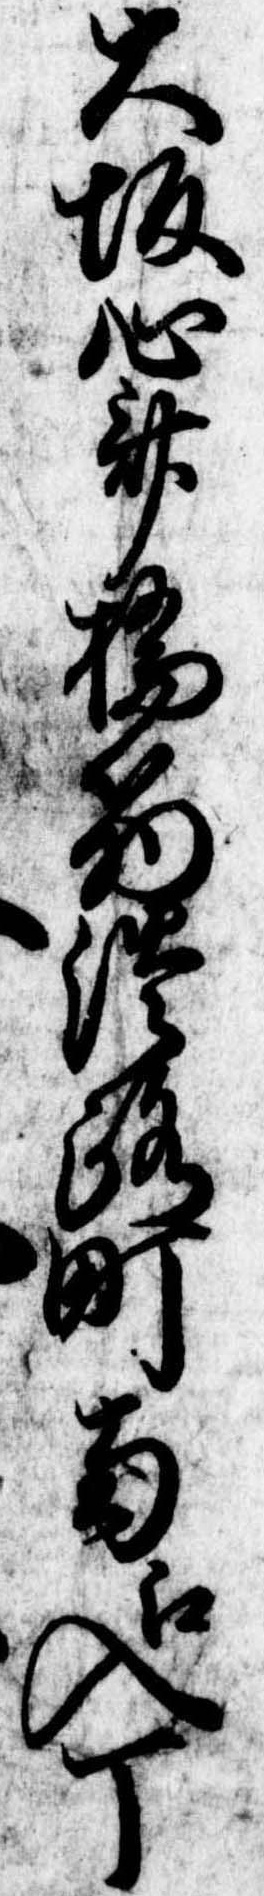
大坂心斎橋筋淡路町南江入丁